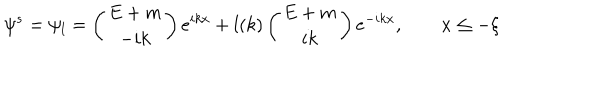
\psi ^ { s } = \psi _ { l } = \left( \begin{array} { c } { { E + m } } \\ { { - i k } } \\ \end{array} \right) e ^ { i k x } + l ( k ) \left( \begin{array} { c } { { E + m } } \\ { { i k } } \\ \end{array} \right) e ^ { - i k x } , \qquad x \leq - \xi